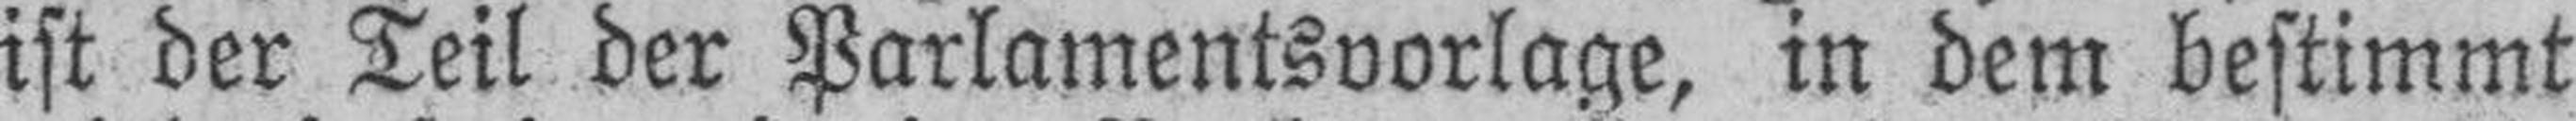
ist der Teil der Parlamentsvorlage, in dem bestimmt